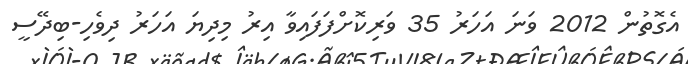
އެގޮތުން 2012 ވަނަ އަހަރު 35 ވަރިކޮށްފަފައިވާ އިރު މިދިޔަ އަހަރު ދިވެހި-ބިދޭސީ